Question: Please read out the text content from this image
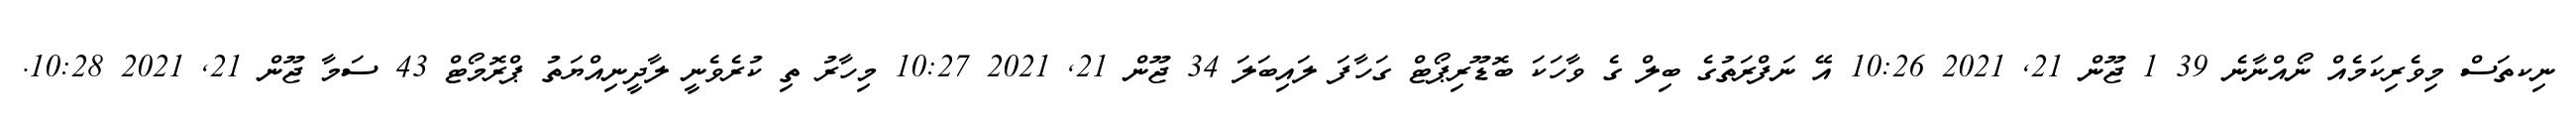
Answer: ނިކތަސް މިވެރިކަމެއް ނޯއްނާނެ 39 1 ޖޫން 21, 2021 10:26 އޭ ނަފްރަތުގެ ބިލް ގެ ވާހަކަ ބޮޑޫރިޕޯޓް ގަހާފަ ލައިބަލަ 34 ޖޫން 21, 2021 10:27 މިހާރު ތި ކުރެވެނީ ލާދީނިއްޔަތު ޕްރޮމޯޓް 43 ސަމާ ޖޫން 21, 2021 10:28.